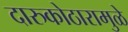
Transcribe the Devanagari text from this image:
दारुकोठारामुळे